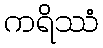
ကရိဿံ